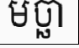
មច្ឆា